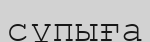
сұпыға